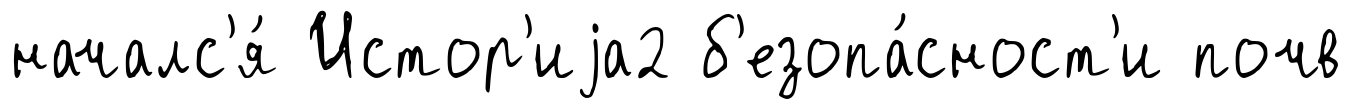
началс'я́ Истор'иjа2 б'езопа́сност'и почв